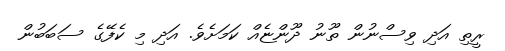
ރީތި އަދި ވިސްނުން ތޫނު ދޫންޏެއް ކަމަށެވެ. އަދި މި ކެފޭގެ ސަބަބުން